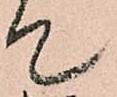
て